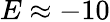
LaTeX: E\approx-10